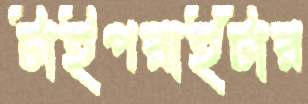
টাইপরাইটার